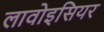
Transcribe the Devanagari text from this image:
लावोइसियर